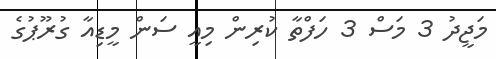
މަޖީދު 3 މަސް 3 ހަފްތާ ކުރިން މިއީ ސަން މީޑިއާ ގުރޫޕުގެ